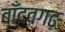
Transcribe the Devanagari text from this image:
बाँदवगढ़